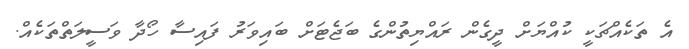
އެ ތަކެއްޗަކީ ކުއްޔަށް ދީގެން ރައްޔިތުންގެ ބަޖެޓަށް ބައިވަރު ފައިސާ ހޯދާ ވަސީލަތްތަކެއް.